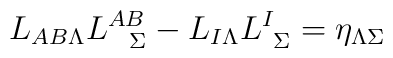
L_{AB\Lambda}L^{AB}_{\ \ \Sigma} -  L_{I\Lambda}L^{I}_{\ \Sigma}=\eta_{\Lambda\Sigma}